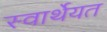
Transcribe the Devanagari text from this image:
स्वार्थेयत